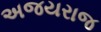
અજયરાજ